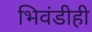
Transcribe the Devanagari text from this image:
भिवंडीही